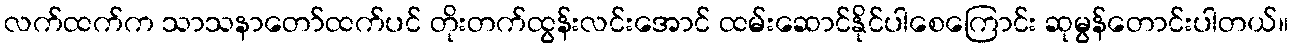
လက်ထက်က သာသနာတော်ထက်ပင် တိုးတက်ထွန်းလင်းအောင် ထမ်းဆောင်နိုင်ပါစေကြောင်း ဆုမွန်တောင်းပါတယ်။